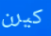
كيرن